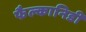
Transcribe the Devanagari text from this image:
फैल्कानिडी